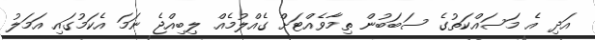
އަދި އެ މަސައްކަތުގެ ސަބަބުން ތިމާވެއްޓަށް ގެއްލުމެއް ލިބިއްޖެ ނަމަ އެކަމުގައި އަމަލު